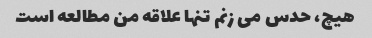
هیچ، حدس می زنم تنها علاقه من مطالعه است